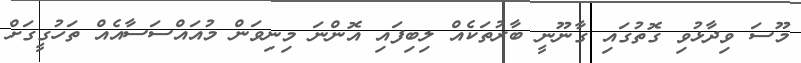
މޫސަ ވިދާޅުވި ގޮތުގައި ގާނޫނީ ބާރުތަކެއް ލިބިފައި އޮންނަ މިނިވަން މުއައްސަސާއެއް ތަހުގީގަށް